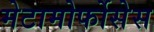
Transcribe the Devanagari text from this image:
मेटामोर्फोसेस